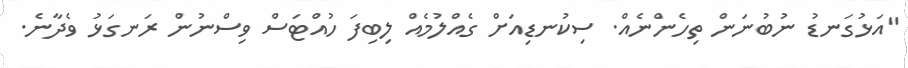
"އަޅުގަނޑު ނުބުނަން ތިހެންނެއް. ސިކުނޑިއަށް ގެއްލުމެއް ލިބިފަ ހުއްޓަސް ވިސްނުން ރަނގަޅު ވެދާނެ.